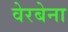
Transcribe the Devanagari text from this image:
वेरबेना